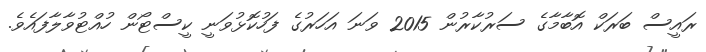
ރައީސް ބަރަކް އޮބާމާގެ ސަރުކާރުން 2015 ވަނަ އަހަރުގެ ފަހުކޮޅުވަނީ ކީސްޓޯން ހުއްޓުވާލާފައެވެ.